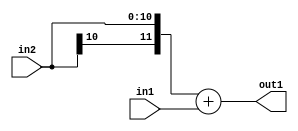
`timescale 1ps / 1ps
/*****************************************************************************
    Verilog RTL Description
    
    
    Created by: Stratus DpOpt 2019.1.01 
*******************************************************************************/

module DC_Filter_Add_11Sx10U_12S_4 (
	in2,
	in1,
	out1
	); /* architecture "behavioural" */ 
input [10:0] in2;
input [9:0] in1;
output [11:0] out1;
wire [11:0] asc001;

assign asc001 = 
	+({in2[10], in2})
	+(in1);

assign out1 = asc001;
endmodule

/* CADENCE  ubL2QwA= : u9/ySgnWtBlWxVPRXgAZ4Og= ** DO NOT EDIT THIS LINE ******/